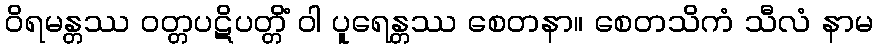
ဝိရမန္တဿ ဝတ္တပဋိပတ္တိံ ဝါ ပူရေန္တဿ စေတနာ။ စေတသိကံ သီလံ နာမ